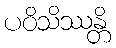
ပဝိသိဿန္တိ